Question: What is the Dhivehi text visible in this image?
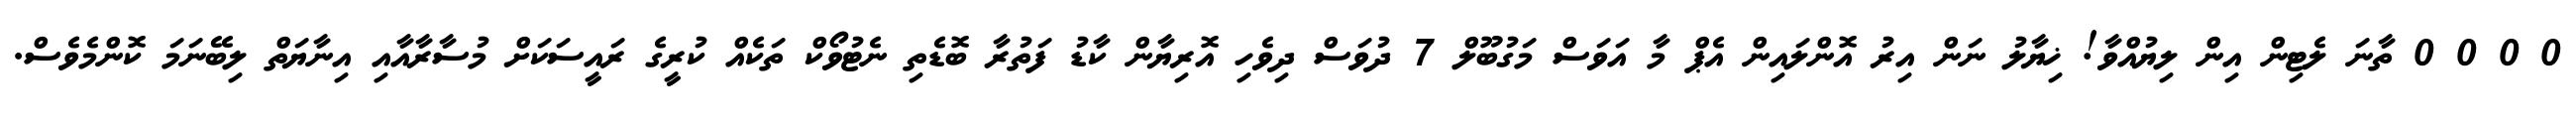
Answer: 0 0 0 0 ތާނަ ލެޓިން އިން ލިޔުއްވާ! ޚިޔާލު ނަން އިރު އޮންލައިން އެޕް މާ އަވަސް މަގުބޫލް 7 ދުވަސް ދިވެހި އޮރިޔާން ކާޑު ފަތުރާ ބޮޑެތި ނެޓުވޯކް ތަކެއް ކުރީގެ ރައީސަކަށް މުސާރާއާއި އިނާޔަތް ލިބޭނަމަ ކޮންމެވެސް.